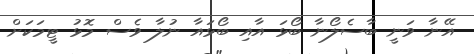
އޭނާ ވަނީ ބާސެލޯނާ ބޯޅަ އާއި ބޯޅައާ ނުލާ ވެސް މޮޅު ޓީމަކަށް